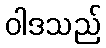
ဝါဒသည်